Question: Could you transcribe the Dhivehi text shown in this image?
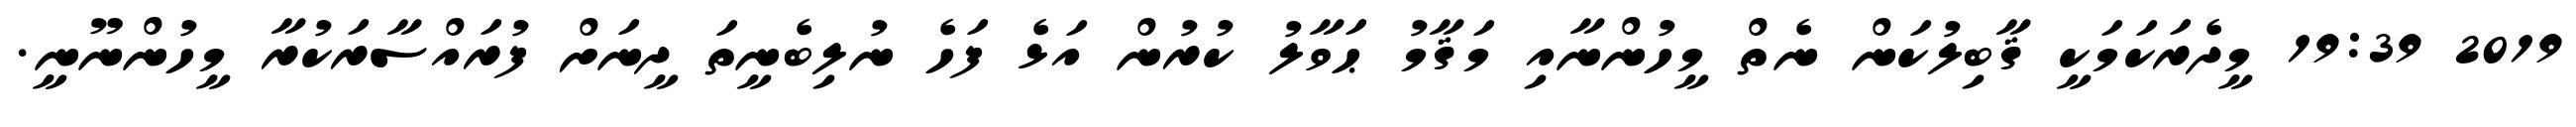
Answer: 2019 19:39 މީދެރަކަމަކީ ޤާބިލުކަން ނެތް މީހުންނާއި މަޤާމު ޙަވާލު ކުރުން އަޅެ ފަހެ ނުލިބެނީތަ ދީނަށް ފުރައްސާރަކުރާ މީހުންނޫނީ.